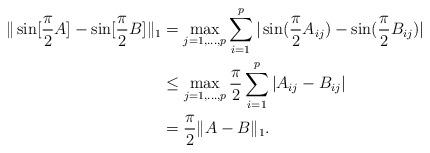
LaTeX: \begin{align*} \|\sin[\frac{\pi}{2}A]-\sin[\frac{\pi}{2}B]\|_{1}&=\max_{j=1,\dots,p}\sum_{i=1}^p|\sin(\frac{\pi}{2}A_{ij})-\sin(\frac{\pi}{2}B_{ij})|\\ &\le \max_{j=1,\dots,p} \frac{\pi}{2}\sum_{i=1}^p|A_{ij}-B_{ij}|\\ &=\frac{\pi}{2}\|A-B\|_1.\end{align*}